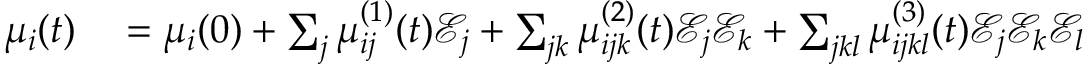
\begin{array} { r l } { \mu _ { i } ( t ) } & { { } = \mu _ { i } ( 0 ) + \sum _ { j } \mu _ { i j } ^ { ( 1 ) } ( t ) \mathcal { E } _ { j } + \sum _ { j k } \mu _ { i j k } ^ { ( 2 ) } ( t ) \mathcal { E } _ { j } \mathcal { E } _ { k } + \sum _ { j k l } \mu _ { i j k l } ^ { ( 3 ) } ( t ) \mathcal { E } _ { j } \mathcal { E } _ { k } \mathcal { E } _ { l } } \end{array}